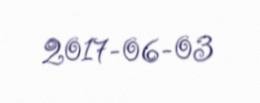
2017-06-03